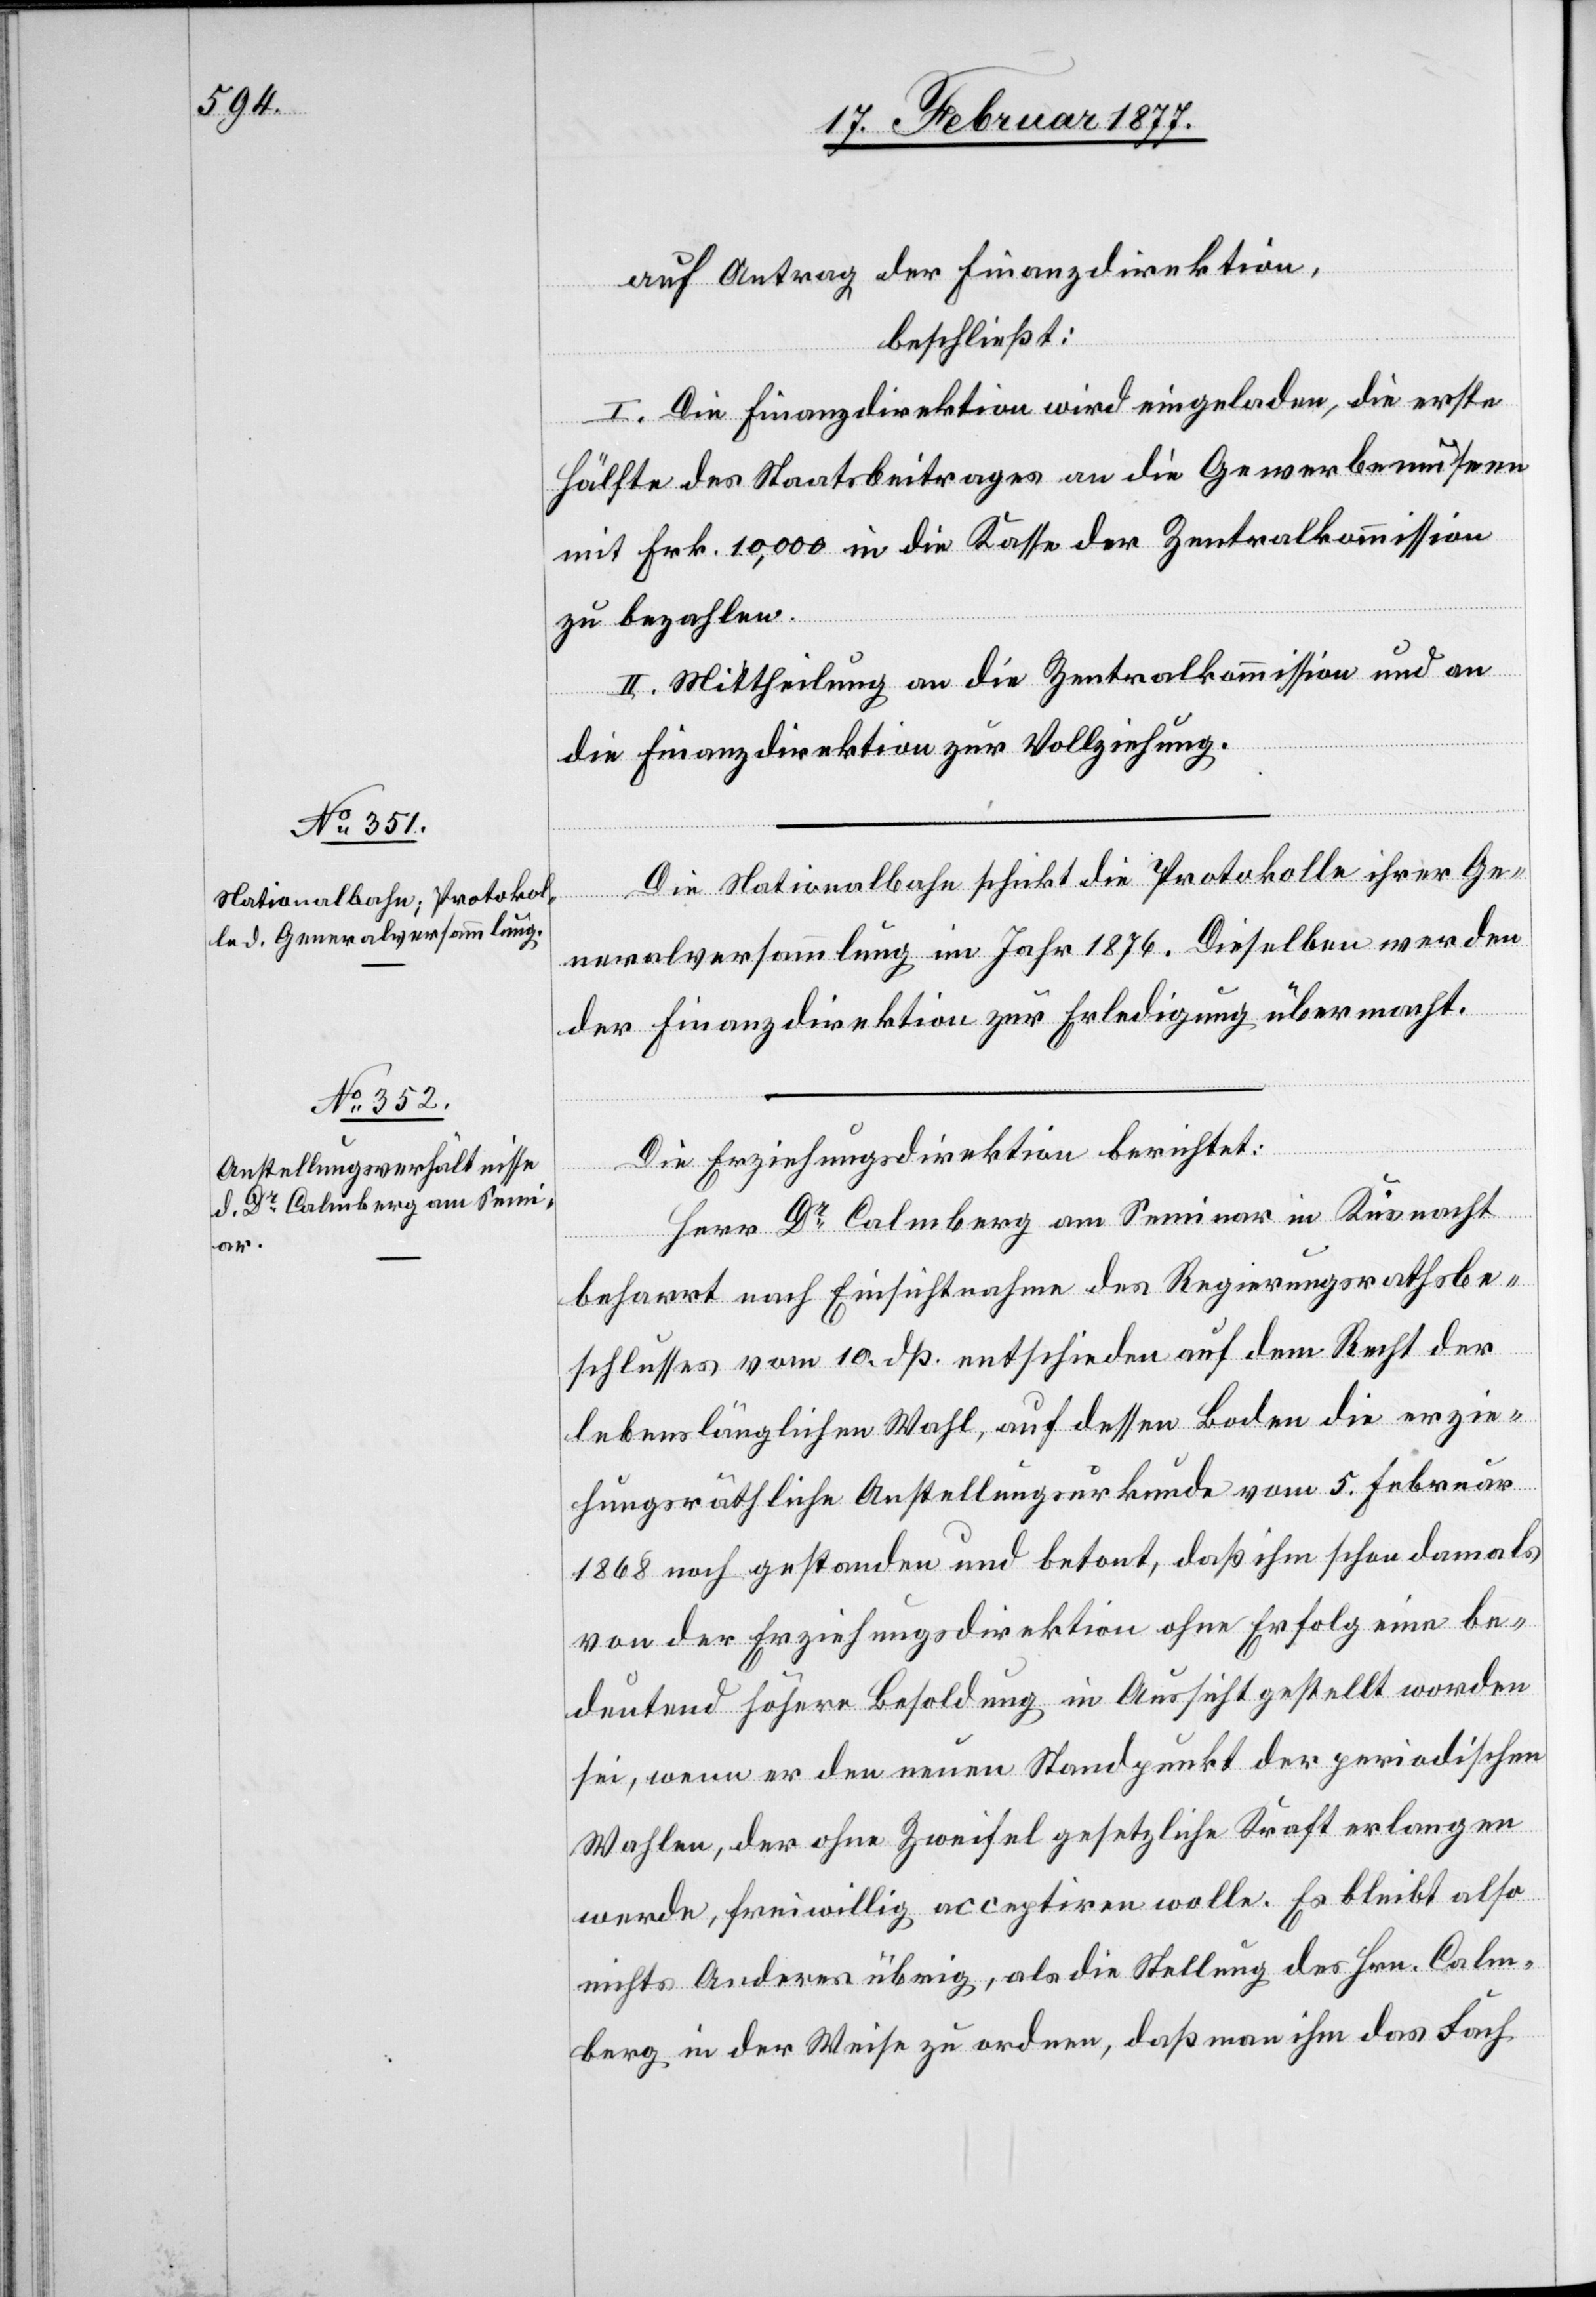
auf Antrag der Finanzdirektion,
irektion.
beschließt:
I. Die Finanzdirektion wird eingeladen, die erste
Hälfte des Staatsbeitrages an die Gewerbemuseen
mit Frk. 10,000 an die Kasse der Zentralkommission
zu bezahlen.
II. Mittheilung an die Zentralkommission und an
die
Die Nationalbahn schickt die Protokolle ihrer Ge¬
neralversammlung im Jahr 1876. Dieselben werden
der Finanzdirektion zur Erledigung übermacht.
Die Erziehungsdirektion berichtet:
Herr Dr Calmberg am Seminar in Küsnacht
beharrt nach Einsichtnahme des Regierungsrathsbe¬
schlusses vom 10. dß. entschieden auf dem Recht der
lebenslänglichen Wahl, auf dessen Boden die erzie¬
hungsräthliche Anstellungsurkunde vom 5. Februar
1868 noch gestanden und betont, daß ihm schon damals
von der Erziehungsdirektion ohne Erfolg eine be¬
deutend höhere Besoldung in Aussicht gestellt worden
sei, wenn er den neuen Standpunkt der periodischen
Wahlen, der ohne Zweifel gesetzliche Kraft erlangen
werde, freiwillig acceptiren wolle. Es bleibt also
nichts Anderes übrig, als die Stellung des Hrn. Calm¬
berg in der Weise zu ordnen, daß man ihm das Fach